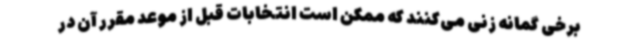
برخی گمانه زنی می‌کنند که ممکن است انتخابات قبل از موعد مقرر آن در